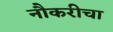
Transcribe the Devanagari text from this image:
नौकरीचा